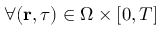
\forall ( \mathbf { r } , \tau ) \in \Omega \times [ 0 , T ]